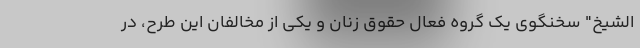
الشیخ" سخنگوی یک گروه فعال حقوق زنان و یکی از مخالفان این طرح، در